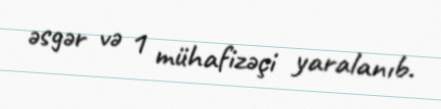
əsgər və 1 mühafizəçi yaralanıb.